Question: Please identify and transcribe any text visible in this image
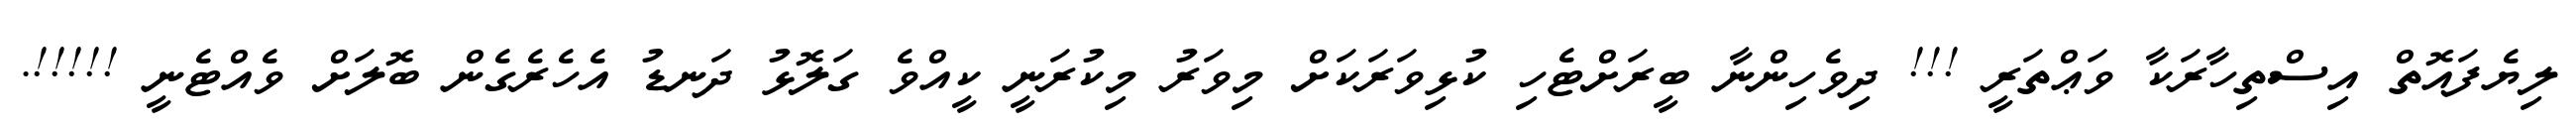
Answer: ލިޔެފައޮތް އިސްތިހާރަކާ ވަޢްތަރީ !!! ދިވެހިންނާ ބީރަށްޓެހި ކުޅިވަރަކަށް މިވަރު މިކުރަނީ ކީއްވެ ގަލޮޅު ދަނޑު އެހެރެގެން ބޮލަށް ވެއްޓެނީ !!!!!.